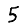
Digit: 5